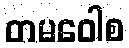
တမဝေါစ